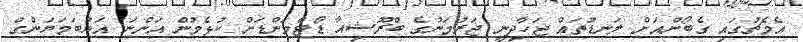
އެމެޗުގައި ގެބޯންއަށް ލަނޑުތައް ޖަހާދިނީ ޖަރުމަނުގެ ބްރޫޝިއާ ޑޯޓްމަންޑަށް ކުޅެމުން އަންނަ އަޔުބަމަޔަންގް